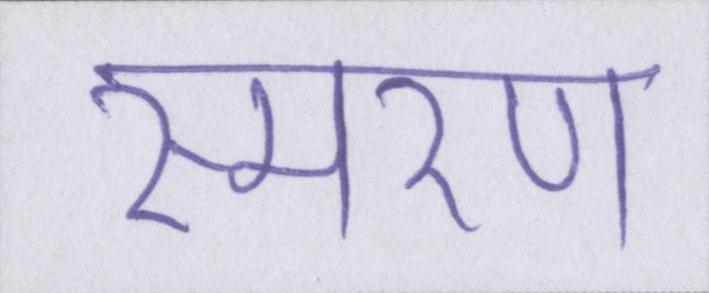
स्मरण